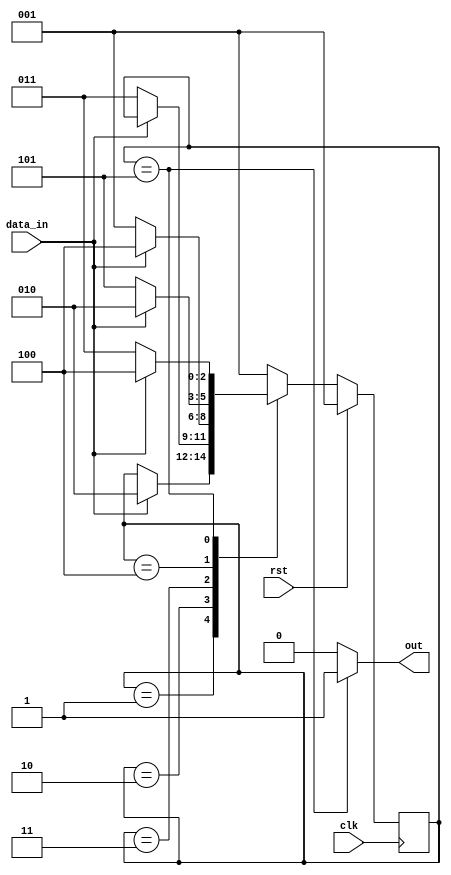
module sequence_fsm (
    input clk,
    input rst,
    input data_in,
    output out
);
  parameter IDLE = 3'b001;
  parameter s1 = 3'b010;
  parameter s2 = 3'b011;
  parameter s3 = 3'b100;
  parameter s4 = 3'b101;
  
  reg [2:0] state , next_state;
  assign out = (state == s4)?1'b1:1'b0;
  
  always @(posedge clk)
	begin
      if (rst) 
   		state <= IDLE;
 	else
   		state <= next_state;
    end
  
  always @ (state or data_in)
        begin 
          case (state) 
           IDLE:
             if(data_in == 1'b1) 
             begin
            	next_state = s1; 	
             end 
            else 
              next_state = state;
            s1: 
              if(data_in == 1'b0 )
                begin 
                	next_state = s2;
                end
               else 
                 begin 
                 	next_state = state;
                 end 
            s2:
              if(data_in == 1'b1) 
                begin 
                	next_state = s3;
                end
              else 
                  begin 
                  	next_state = IDLE;
                  end
             s3:
               if (data_in == 1'b0)
                 begin 
                 	next_state = s4;
                 end
               else 
                 begin 
                 	next_state = s1;
                 end
              s4:
                if (data_in == 1'b0 )
                  begin 
                  	next_state = s2;
                  end
                else 
                  begin 
                  	next_state = s3;
                  end
            default: 
                 next_state  = IDLE;
          endcase
        end
endmodule